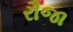
રૌજા